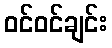
ဝင်ဝင်ချင်း